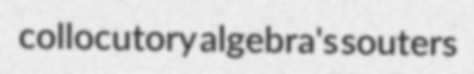
collocutory algebra's souters